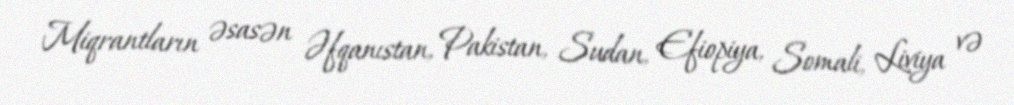
Miqrantların əsasən Əfqanıstan, Pakistan, Sudan, Efiopiya, Somali, Liviya və